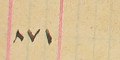
١٨٧